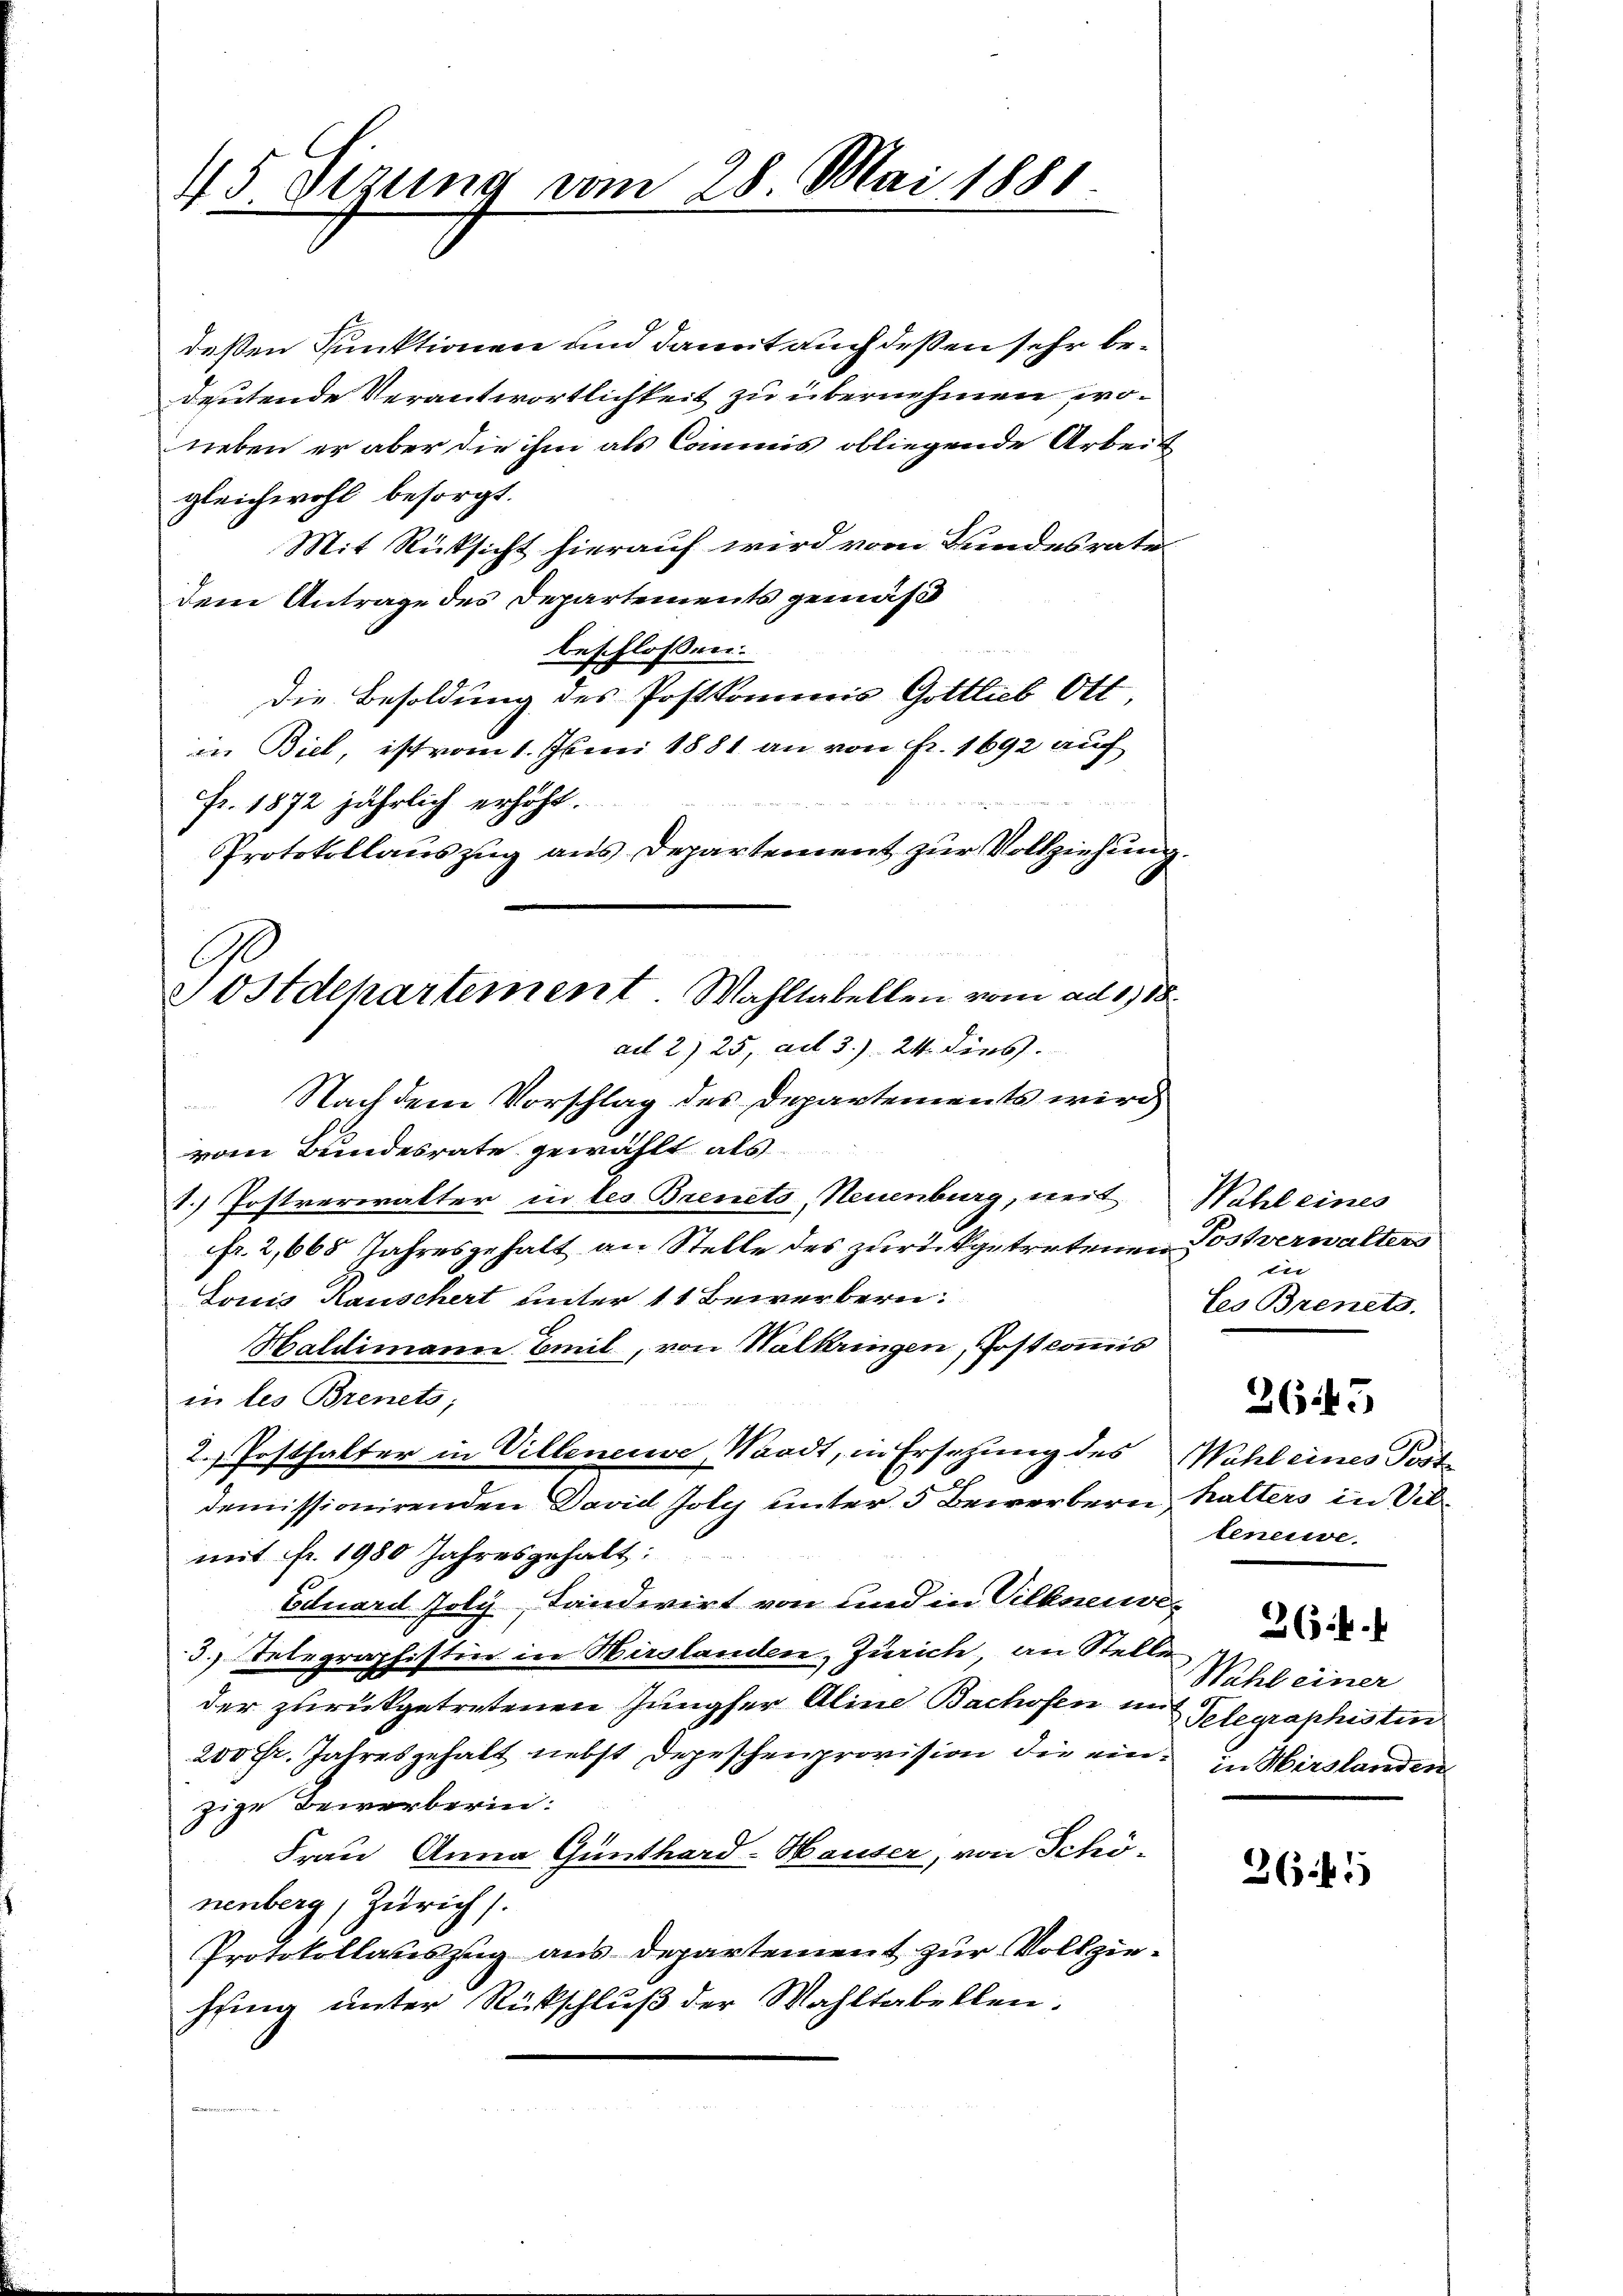
45 Sizung vom 28. Mai 1881

Ge
Sostdepartement Wahltabellen vom ad 1788.
ad 2) 25, ad 3.). 24. dies.

deßen Funktionen und damit auch deßen sehr bedeutende Verantwortlichkeit zu übernehmen, woneben er aber die ihm als Commis obliegende Arbeit
gleichwohl besorgt.
Mit Rücksicht hierauf wird vom Bundesrate
dem Antrage des Departements gemäß
beschlossen:
Die Besoldung des Postkommnis Gottlich Ott
in Biel, ist vom 1. Juni 1881 an von Fr. 1692 auf
Fr. 1872 jährlich erhöht.
Protokollauszug aus Departement zur Vollziehung.
Nachdem Vorschlag des Departements wird
vom Bundesrate gewählt als
1.) Postverwalter in les Breneto, Neuenburg, weit
fr. 2,668 Jahresgehalt an Stelle des zurückgetretenen Postverwalters
Louis Rauschert unter 11 Bewerbern.
Haldimann Emil, von Halkringen, Postcommis
in les Brenets;
2. Posthalter in Villeneuve, Waadt, in Ersetzung des Wahl eines Post
2
demissionirenden David Joly unter 5 Bewerbern halters in Silmit fr. 1980 Jahresgehalt:
Eduard Joly, Landwirt von und in Villeneuve
3.) Telegraphistin in Wirglanden, Zürich an Stellen
der zurückgetretenen Jungfer Aline Bachofen mit Telegraphisten
200 Fr. Jahresgehalt nebst Depeschenprovision die einzige Bewerberin:
Frau Anna Günthard-Hauser, von Schö-
nenberg, Zürich.
Protokollauszug aus Departement zur Vollziessing unter Rückschluß der Wahltabellen.

Wahl eines

Les Brenets.
3645
teneiwe

Wahl einer
in Hirslanden

264.

3645